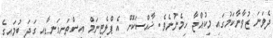
ދެވަނަ ޒުވާނާކަމުގައި މިކުއްޖާ ހިމެނުނެވެ. ޚާއްސަކޮށް އެ ޕްލެޓިނަމް އިސްތަށިގަނޑާއި ގަދަ ބުމައިގެ